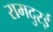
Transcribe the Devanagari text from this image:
रामदुरई